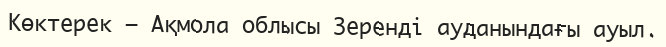
Көктерек — Ақмола облысы Зеренді ауданындағы ауыл.